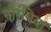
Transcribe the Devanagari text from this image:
नौरंगिया